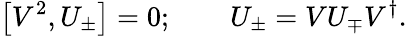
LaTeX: \left[V^{2},U_{\pm}\right]=0;\qquad U_{\pm}=VU_{\mp}V^{\dagger}.